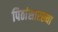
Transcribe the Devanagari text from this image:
पिठांसारख्या